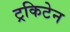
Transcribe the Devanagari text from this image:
ट्रकिटेन